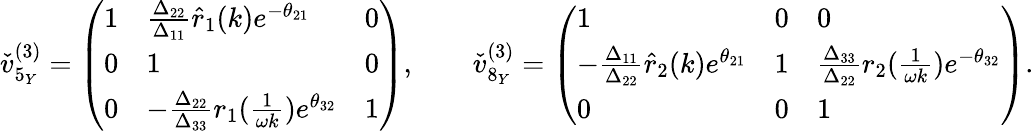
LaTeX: \begin{array}{r}{\check{v}_{5_{Y}}^{(3)}=\left(\begin{array}{lll}{1}&{\frac{\Delta_{22}}{\Delta_{11}}\hat{r}_{1}(k)e^{-\theta_{21}}}&{0}\\ {0}&{1}&{0}\\ {0}&{-\frac{\Delta_{22}}{\Delta_{33}}r_{1}(\frac{1}{\omega k})e^{\theta_{32}}}&{1}\end{array}\right),\qquad\check{v}_{8_{Y}}^{(3)}=\left(\begin{array}{lll}{1}&{0}&{0}\\ {-\frac{\Delta_{11}}{\Delta_{22}}\hat{r}_{2}(k)e^{\theta_{21}}}&{1}&{\frac{\Delta_{33}}{\Delta_{22}}r_{2}(\frac{1}{\omega k})e^{-\theta_{32}}}\\ {0}&{0}&{1}\end{array}\right).}\end{array}